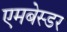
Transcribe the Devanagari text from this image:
एमबेस्डर